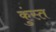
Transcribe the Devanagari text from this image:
कुंस्त